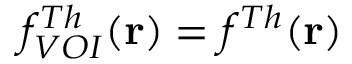
f _ { V O I } ^ { T h } ( \mathbf { r } ) = f ^ { T h } ( \mathbf { r } )